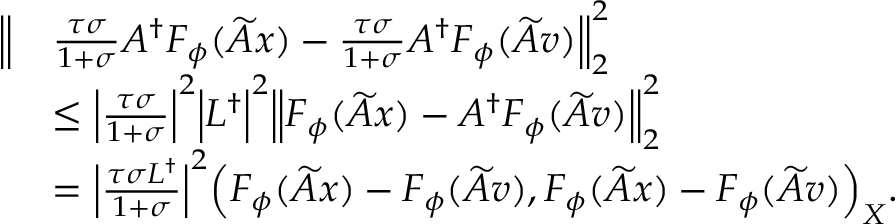
\begin{array} { r l } { \Bigl \| } & { \frac { \tau \sigma } { 1 + \sigma } A ^ { \dagger } F _ { \phi } ( \widetilde { A } x ) - \frac { \tau \sigma } { 1 + \sigma } A ^ { \dagger } F _ { \phi } ( \widetilde { A } v ) \Bigr \| _ { 2 } ^ { 2 } } \\ & { \leq \Bigl | \frac { \tau \sigma } { 1 + \sigma } \Bigr | ^ { 2 } \Bigl | L ^ { \dagger } \Bigr | ^ { 2 } \Bigl \| F _ { \phi } ( \widetilde { A } x ) - A ^ { \dagger } F _ { \phi } ( \widetilde { A } v ) \Bigr \| _ { 2 } ^ { 2 } } \\ & { = \Bigl | \frac { \tau \sigma L ^ { \dagger } } { 1 + \sigma } \Bigr | ^ { 2 } \Bigl ( F _ { \phi } ( \widetilde { A } x ) - F _ { \phi } ( \widetilde { A } v ) , F _ { \phi } ( \widetilde { A } x ) - F _ { \phi } ( \widetilde { A } v ) \Bigr ) _ { X } . } \end{array}